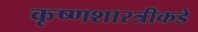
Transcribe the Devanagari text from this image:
कृष्णशास्त्रीकडे